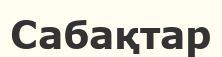
Сабақтар